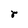
Character: r